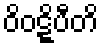
ဝိဝဋ္ဋိပီတိ